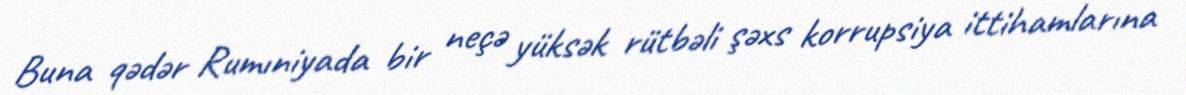
Buna qədər Rumıniyada bir neçə yüksək rütbəli şəxs korrupsiya ittihamlarına